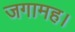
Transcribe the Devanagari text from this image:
जगामह।